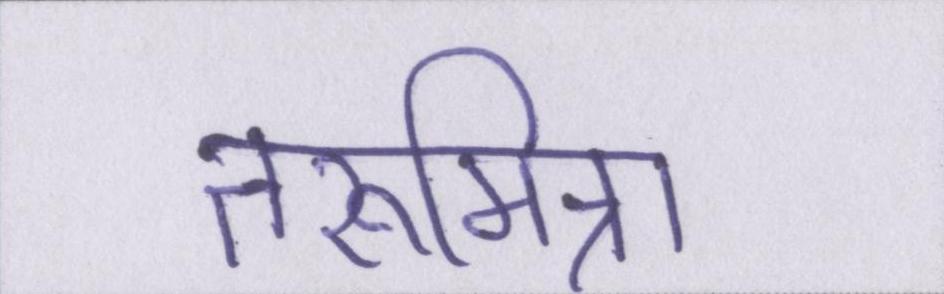
तरूमित्रा